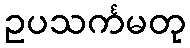
ဥပသင်္ကမတု